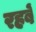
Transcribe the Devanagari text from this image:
रहबें